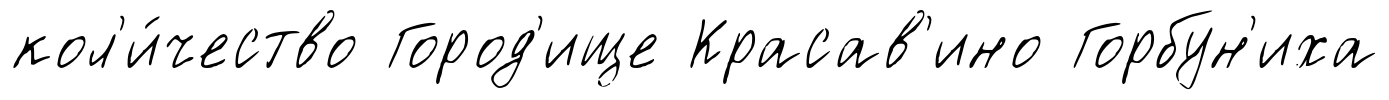
кол'и́чество Город'ище Красав'ино Горбун'иха